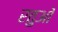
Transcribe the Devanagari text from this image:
रतुओं